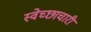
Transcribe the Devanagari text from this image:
स्‍वेच्‍छाचारी